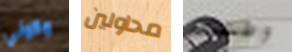
وكوني محاولين وطننا